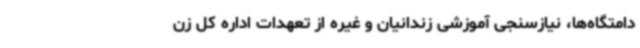
دامتگاه‌ها، نیازسنجی آموزشی زندانیان و غیره از تعهدات اداره کل زن